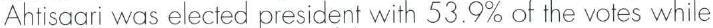
Ahtisaari was elected president with 53.9% of the votes while